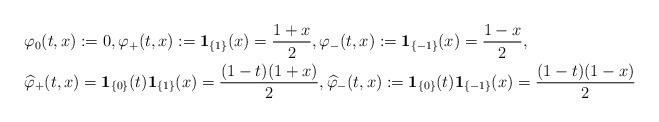
LaTeX: \begin{align*}&\varphi_0(t,x):=0, \varphi_+(t,x):= \mathbf{1}_{\{1\}}(x)=\frac{1+x}{2},\varphi_-(t,x):= \mathbf{1}_{\{-1\}}(x)=\frac{1-x}{2}, \\& \widehat \varphi_+(t,x)= \mathbf{1}_{\{0\}}(t)\mathbf{1}_{\{1\}}(x)=\frac{(1-t)(1+x)}{2},\widehat \varphi_-(t,x):= \mathbf{1}_{\{0\}}(t)\mathbf{1}_{\{-1\}}(x)=\frac{(1-t)(1-x)}{2}\end{align*}